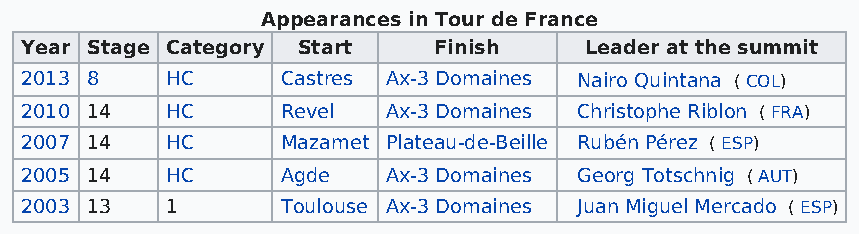
Appearances in Tour de France
 Year Stage Category Start   Finish    Leader at the summit
 2013 8    HC      Castres Ax-3 Domaines Nairo Quintana ( COL)
 2010 14   HC      Revel  Ax-3 Domaines Christophe Riblon ( FRA)
 2007 14   HC      Mazamet Plateau-de-Beille Rubén Pérez ( ESP)
 2005 14   HC      Agde   Ax-3 Domaines Georg Totschnig ( AUT)
 2003 13   1       Toulouse Ax-3 Domaines Juan Miguel Mercado ( ESP)